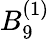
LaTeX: {B}_{9}^{(1)}